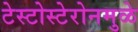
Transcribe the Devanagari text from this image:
टेस्टोस्टेरोनमुळे